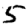
Digit: 5